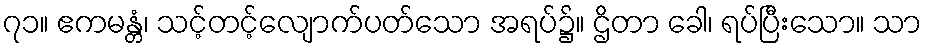
၇၁။ ဧကမန္တံ၊ သင့်တင့်လျောက်ပတ်သော အရပ်၌။ ဌိတာ ခေါ၊ ရပ်ပြီးသော။ သာ